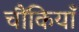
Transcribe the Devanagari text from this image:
चौंकियाँ